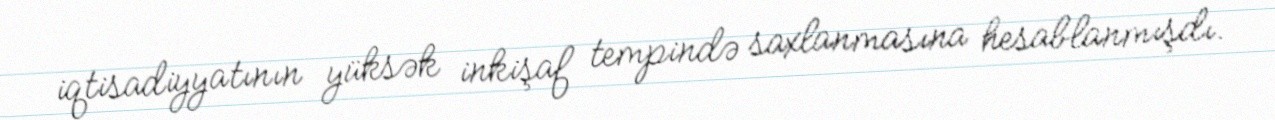
iqtisadiyyatının yüksək inkişaf tempində saxlanmasına hesablanmışdı.